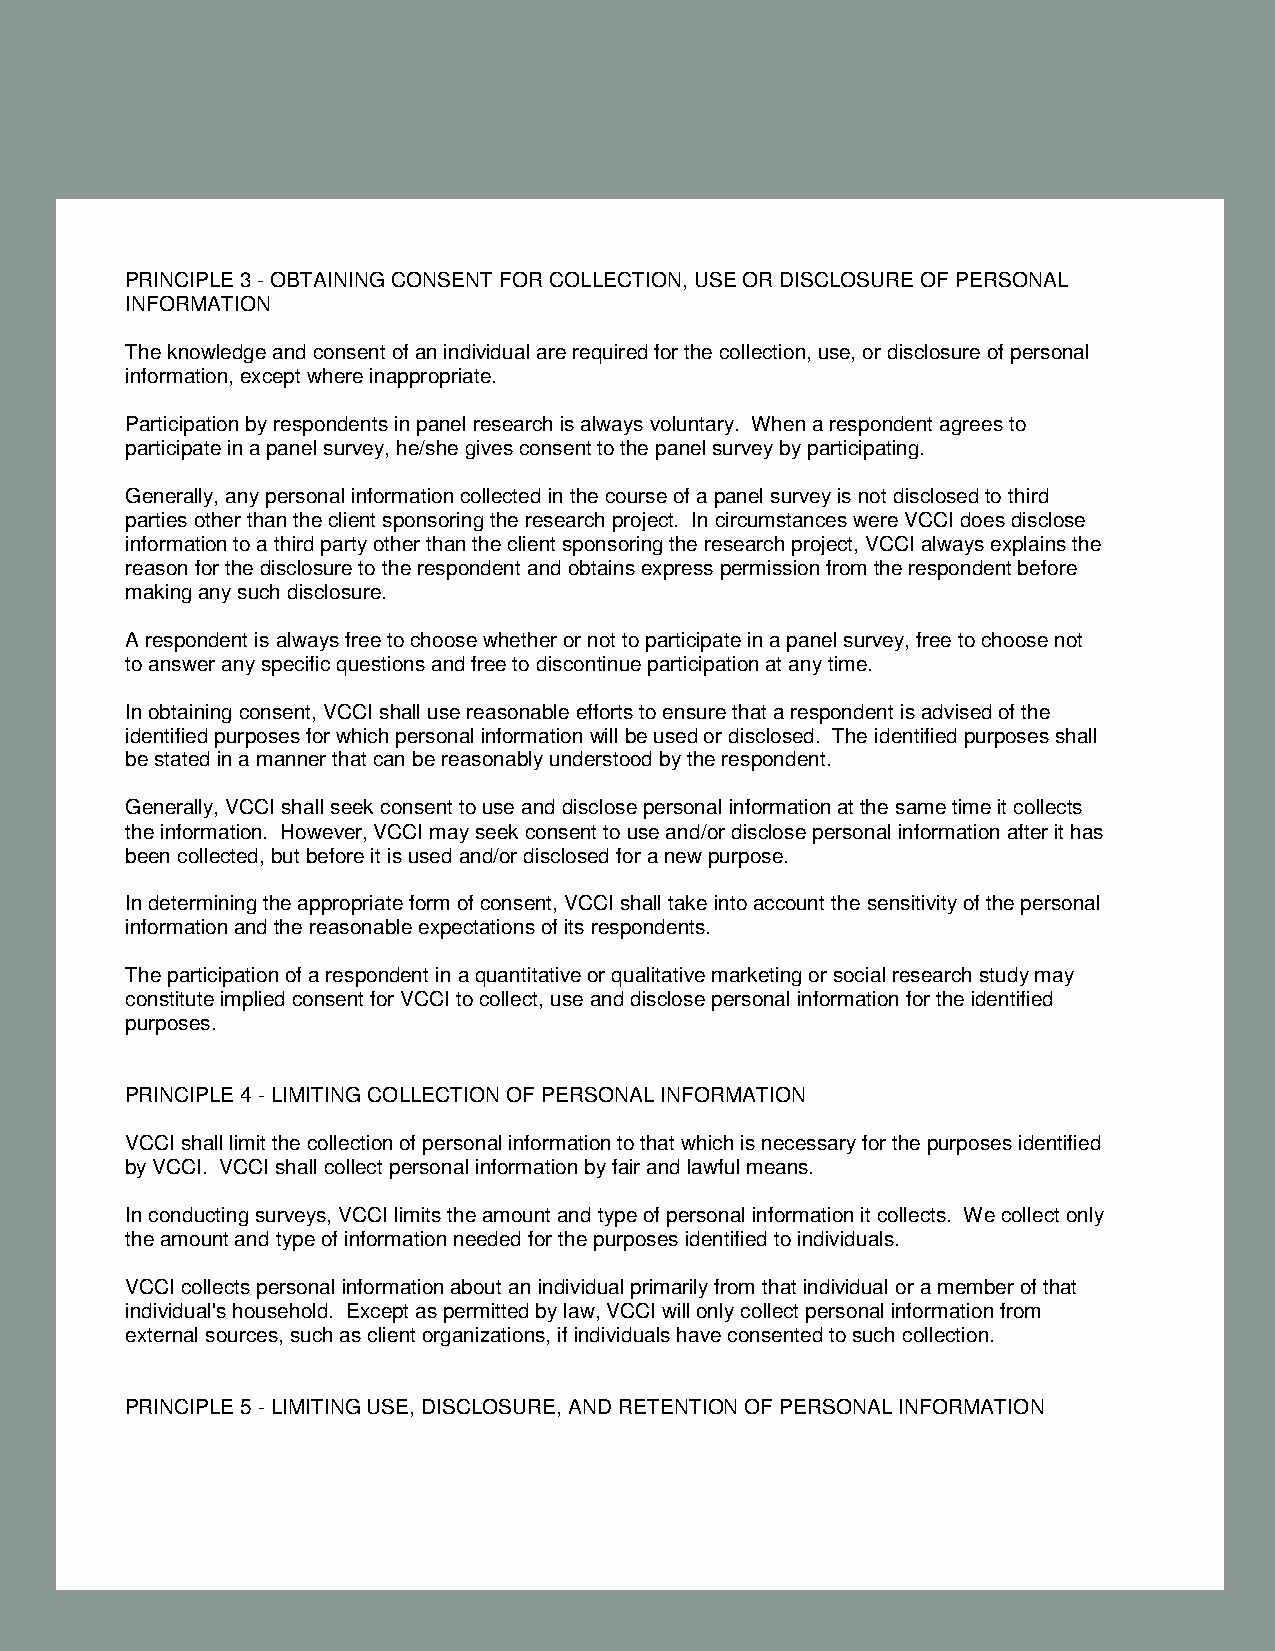
PRINCIPLE 3 - OBTAINING CONSENT FOR COLLECTION, USE OR DISCLOSURE OF PERSONAL
 INFORMATION
 The knowledge and consent of an individual are required for the collection, use, or disclosure of personal
 information, except where inappropriate.
 Participation by respondents in panel research is always voluntary. When a respondent agrees to
 participate in a panel survey, he/she gives consent to the panel survey by participating.
 Generally, any personal information collected in the course of a panel survey is not disclosed to third
 parties other than the client sponsoring the research project. In circumstances were VCCI does disclose
 information to a third party other than the client sponsoring the research project, VCCI always explains the
 reason for the disclosure to the respondent and obtains express permission from the respondent before
 making any such disclosure.
 A respondent is always free to choose whether or not to participate in a panel survey, free to choose not
 to answer any specific questions and free to discontinue participation at any time.
 In obtaining consent, VCCI shall use reasonable efforts to ensure that a respondent is advised of the
 identified purposes for which personal information will be used or disclosed. The identified purposes shall
 be stated in a manner that can be reasonably understood by the respondent.
 Generally, VCCI shall seek consent to use and disclose personal information at the same time it collects
 the information. However, VCCI may seek consent to use and/or disclose personal information after it has
 been collected, but before it is used and/or disclosed for a new purpose.
 In determining the appropriate form of consent, VCCI shall take into account the sensitivity of the personal
 information and the reasonable expectations of its respondents.
 The participation of a respondent in a quantitative or qualitative marketing or social research study may
 constitute implied consent for VCCI to collect, use and disclose personal information for the identified
 purposes.
 PRINCIPLE 4 - LIMITING COLLECTION OF PERSONAL INFORMATION
 VCCI shall limit the collection of personal information to that which is necessary for the purposes identified
 by VCCI. VCCI shall collect personal information by fair and lawful means.
 In conducting surveys, VCCI limits the amount and type of personal information it collects. We collect only
 the amount and type of information needed for the purposes identified to individuals.
 VCCI collects personal information about an individual primarily from that individual or a member of that
 individual's household. Except as permitted by law, VCCI will only collect personal information from
 external sources, such as client organizations, if individuals have consented to such collection.
 PRINCIPLE 5 - LIMITING USE, DISCLOSURE, AND RETENTION OF PERSONAL INFORMATION